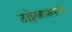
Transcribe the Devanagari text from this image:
उल्लेखाप्रमाणे